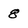
Character: 8